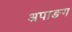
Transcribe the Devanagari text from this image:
अपाङग